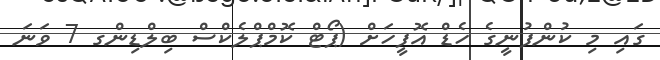
ގައި މި ކުންފުނީގެ ހެޑް އޮފީހަށް (ޕޯޓް ކޮމްޕްލެކްސް ބިލްޑިންގ 7 ވަނަ